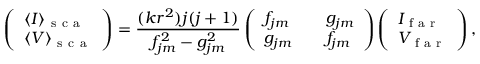
\left( \begin{array} { l } { \langle I \rangle _ { \mathrm { ~ s ~ c ~ a ~ } } } \\ { \langle V \rangle _ { \mathrm { ~ s ~ c ~ a ~ } } } \end{array} \right) = \frac { ( k r ^ { 2 } ) j ( j + 1 ) } { f _ { j m } ^ { 2 } - g _ { j m } ^ { 2 } } \left( \begin{array} { l l l } { f _ { j m } } & { } & { g _ { j m } } \\ { g _ { j m } } & { } & { f _ { j m } } \end{array} \right) \left( \begin{array} { l } { I _ { \mathrm { ~ f ~ a ~ r ~ } } } \\ { V _ { \mathrm { ~ f ~ a ~ r ~ } } } \end{array} \right) ,